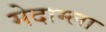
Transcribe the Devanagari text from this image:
मेदाम्ला